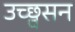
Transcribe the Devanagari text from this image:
उच्छ्वसन